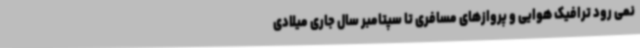
نمی رود ترافیک هوایی و پروازهای مسافری تا سپتامبر سال جاری میلادی